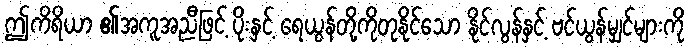
ဤကိရိယာ ၏အကူအညီဖြင့် ပိုးနှင့် ရေယွန်တို့ကိုတုနိုင်သော နိုင်လွန်နှင့် ဗင်ယွန်မျှင်များကို